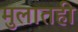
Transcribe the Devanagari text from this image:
मुलातही